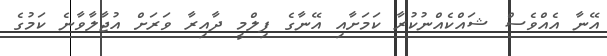
އޭނާ އެއްވެސް ޝައްކެއްނުކުރާ ކަމަށާއި އޭނާގެ ފިލްމީ ދާއިރާ ވަރަށް އުޖާލާވާނެ ކަމުގެ